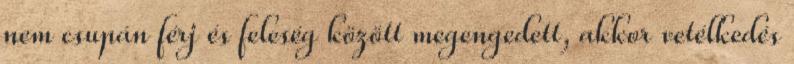
nem csupán férj és feleség között megengedett, akkor vetélkedés